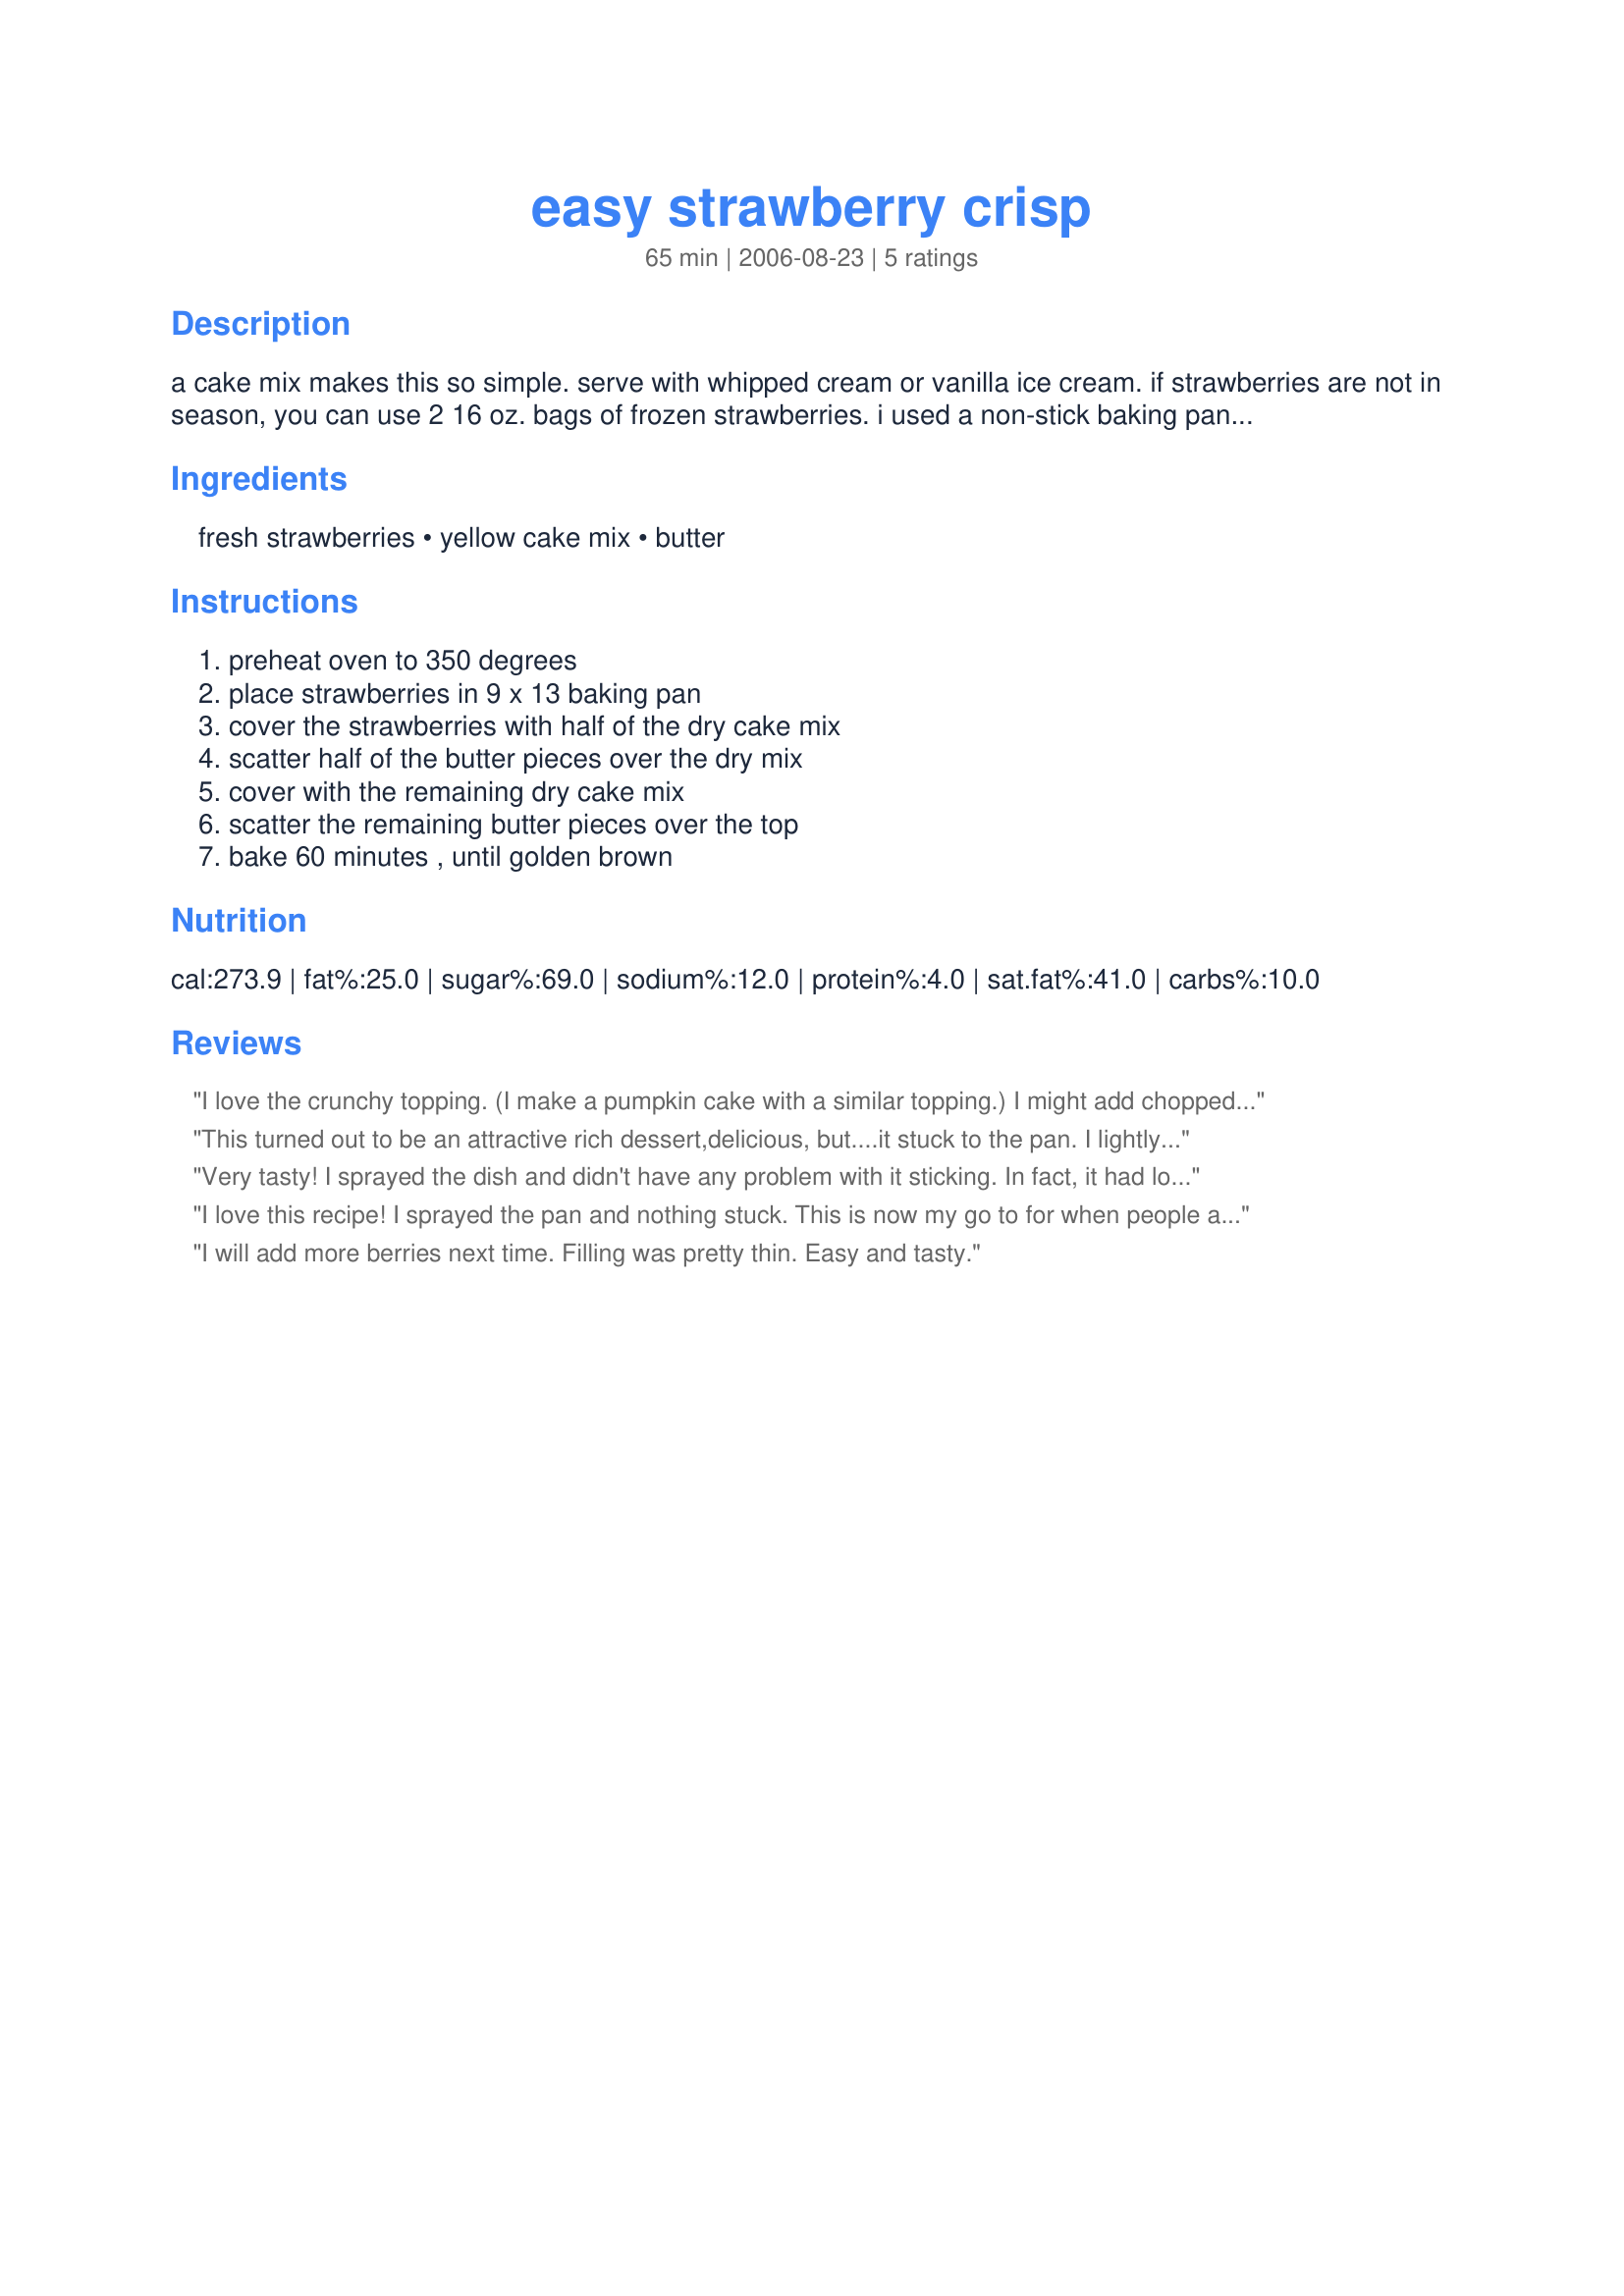
easy strawberry crisp
Preparation time: 65 minutes

a cake mix makes this so simple. serve with whipped cream or vanilla ice cream.
if strawberries are not in season, you can use 2 16 oz. bags of frozen strawberries. i used a non-stick baking pan sprayed with pam and it didn't stick. i think next time, i will add some raspberries and maybe some blueberries in with the strawberries.

Ingredients:
fresh strawberries, yellow cake mix, butter

Steps:
preheat oven to 350 degrees, place strawberries in 9 x 13 baking pan, cover the strawberries with half of the dry cake mix, scatter half of the butter pieces over the dry mix, cover with the remaining dry cake mix, scatter the remaining butter pieces over the top, bake 60 minutes , until golden brown

Reviews:
I love the crunchy topping. (I make a pumpkin cake with a similar topping.) I might add chopped walnuts or pecans next time just for fun. Ice cream is a must have!! It just goes great with it.
Thanks
This turned out to be an attractive rich dessert,delicious, but....it stuck to the pan. I lightly greased but it still stuck.I used the right amount of butter. I took the remaining strawberry juice (I had two cups) made a sweet sauce, drizzled over the the chunks of crisp in the bowls and served with whipped cream, drizzled the sauce over whipped cream.It is very rich. Should be served with a light meal.

Very tasty! I sprayed the dish and didn't have any problem with it sticking. In fact, it had lots of juice. I served it with vanilla ice cream and it was enjoyed by everyone.
I love this recipe! I sprayed the pan and nothing stuck. This is now my go to for when people are sick, have babies, etc. and I take a meal. So easy, so delicious.
I will add more berries next time. Filling was pretty thin. Easy and tasty.
